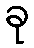
ခု